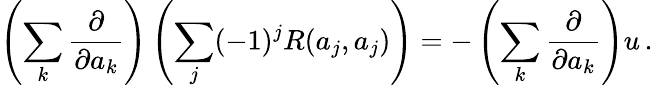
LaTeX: \left(\sum_{k}{\frac{\partial}{\partial a_{k}}}\right)\left(\sum_{j}(-1)^{j}R(a_{j},a_{j})\right)=-\left(\sum_{k}{\frac{\partial}{\partial a_{k}}}\right)u\, .